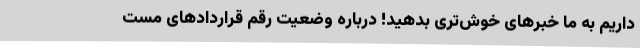
داریم به ما خبرهای خوش‌تری بدهید! درباره وضعیت رقم قراردادهای مست